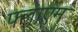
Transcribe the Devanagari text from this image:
फ्लाएम